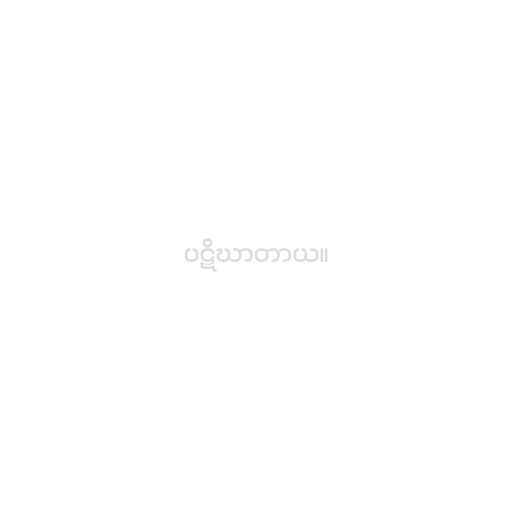
ပဋိဃာတာယ။